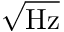
\sqrt { \mathrm { { H z } } }